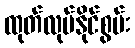
ထုတ်လုပ်နိုင်စွမ်း